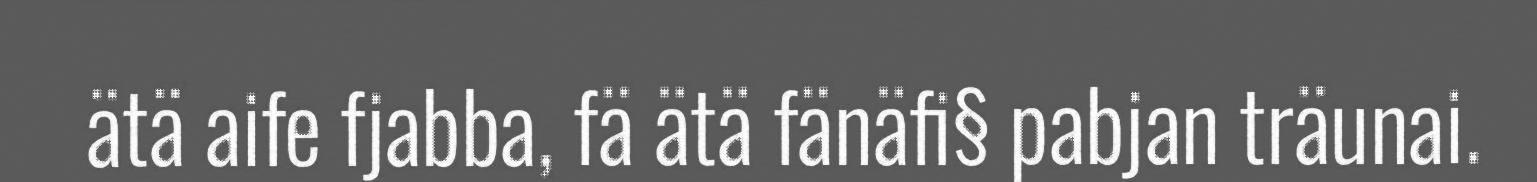
ätä aife fjabba, fä ätä fänäfi§ pabjan träunai.